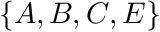
\{ A , B , C , E \}